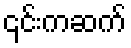
၎င်းကဆက်